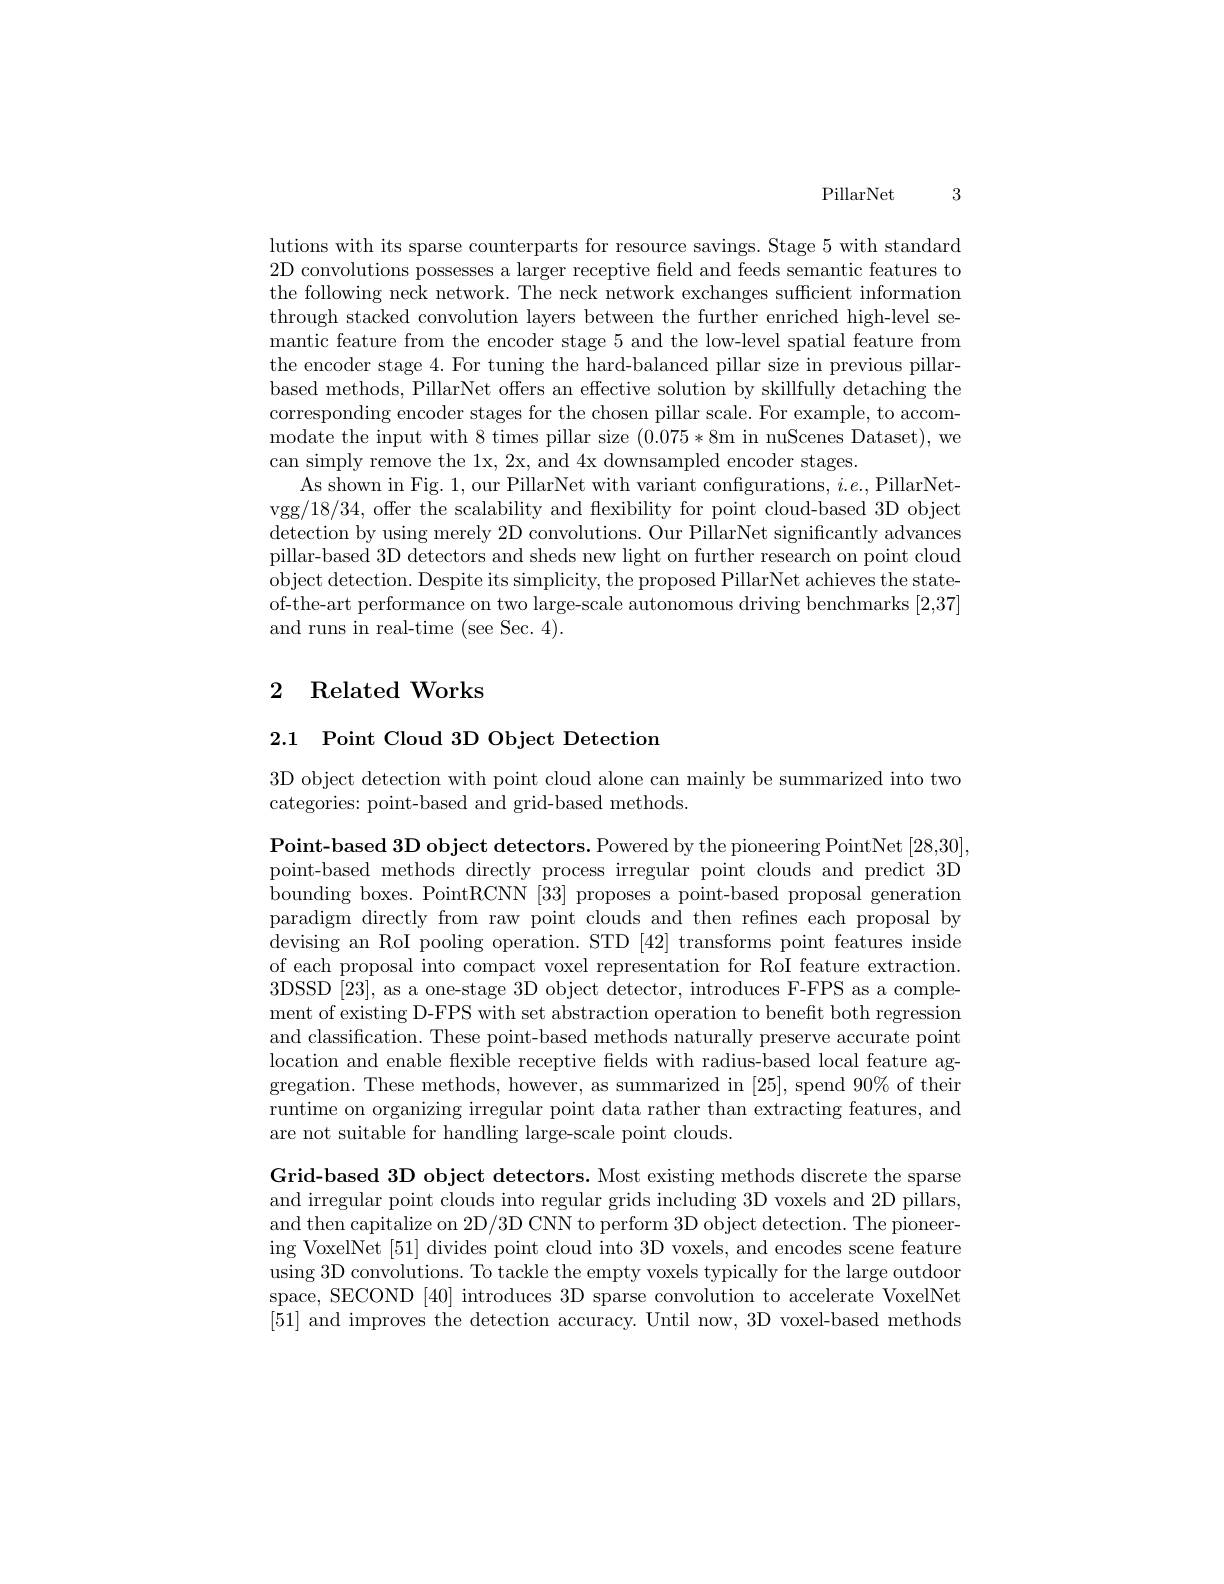
PillarNet 3

lutions with its sparse counterparts for resource savings. Stage 5 with standard 2D convolutions possesses a larger receptive field and feeds semantic features to the following neck network. The neck network exchanges sufficient information through stacked convolution layers between the further enriched high-level semantic feature from the encoder stage 5 and the low-level spatial feature from the encoder stage 4. For tuning the hard-balanced pillar size in previous pillarbased methods, PillarNet offers an effective solution by skillfully detaching the corresponding encoder stages for the chosen pillar scale. For example, to accommodate the input with 8 times pillar size (0.075*8m in nuScenes Dataset),we can simply remove the 1x, 2x, and 4x downsampled encoder stages.
As shown in Fig. 1, our PillarNet with variant confgurations, $i.e.$,PillarNetvgg/18/34, offer the scalability and flexibility for point cloud-based 3D object detection by using merely 2D convolutions. Our PillarNet significantly advances pillar-based 3D detectors and sheds new light on further research on point cloud object detection. Despite its simplicity, the proposed PillarNet achieves the stateof-the-art performance on two large-scale autonomous driving benchmarks [2,37] and runs in real-time (see Sec. 4).

# 2 Related Works

2.1 Point Cloud 3D Object Detection

3D object detection with point cloud alone can mainly be summarized into two
categories: point-based and grid-based methods.

Point- based 3D object detectors. Powered by the pioneering PointNet [ 28, 30] , point-based methods directly process irregular point clouds and predict 3D bounding boxes. PointRCNN [33] proposes a point-based proposal generation paradigm directly from raw point clouds and then refnes each proposal by devising an RoI pooling operation. STD [42] transforms point features inside of each proposal into compact voxel representation for RoI feature extraction. 3DSSD [23], as a one-stage 3D object detector, introduces F-FPS as a complement of existing D-FPS with set abstraction operation to benefit both regression and classification. These point-based methods naturally preserve accurate point location and enable flexible receptive fields with radius-based local feature aggregation. These methods, however, as summarized in [25], spend $90\%$ of their runtime on organizing irregular point data rather than extracting features, and are not suitable for handling large-scale point clouds.

Grid-based 3D object detectors. Most existing methods discrete the sparse and irregular point clouds into regular grids including 3D voxels and 2D pillars, and then capitalize on 2D/3D CNN to perform 3D object detection. The pioneering VoxelNet [51] divides point cloud into 3D voxels, and encodes scene feature using 3D convolutions. To tackle the empty voxels typically for the large outdoon space, SECOND [40] introduces 3D sparse convolution to accelerate VoxelNet [51] and improves the detection accuracy. Until now, 3D voxel-based methods